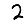
Digit: 2